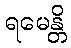
ရမေန္တိ